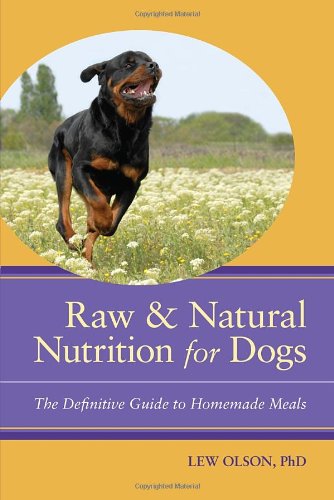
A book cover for Raw and Natural Nutrition for Dogs: The Definitive Guide to Homemade Meals; Lew Olson; Crafts, Hobbies & Home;